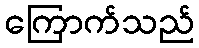
ကြောက်သည်